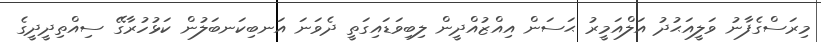
މިރަސްގެފާނު ވަލީއަޙުދު އަލްއަމީރު ޙަސަން އިއްޒުއްދީން ލިބިވަޑައިގަތީ ދެވަނަ އަނބިކަނބަލުން ކަޅުހުރާގޭ ސިއްތިދީދީގެ